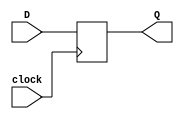

module DFlipflop(Q,D,clock);
output [31:0]Q;
input [31:0]D;
input clock;
reg [31:0]Q;
always@(posedge clock)
begin
Q<=D;
end
endmodule